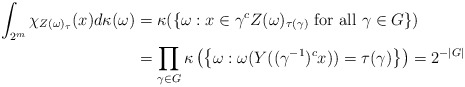
\begin{align*} \int_{2^m} \chi_{Z(\omega)_\tau}(x) d \kappa(\omega) &= \kappa (\{\omega: x \in \gamma^c Z(\omega)_{\tau(\gamma)} \mbox{ for all } \gamma \in G \}) \\ & = \prod_{\gamma \in G}\kappa \left ( \left\{ \omega: \omega(Y((\gamma^{-1})^cx)) = \tau(\gamma) \right\} \right) = 2^{-|G|} \end{align*}